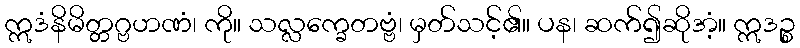
ဣဒံနိမိတ္တဂ္ဗဟဏံ၊ ကို။ သလ္လက္ခေတဗ္ဗံ၊ မှတ်သင့်၏။ ပန၊ ဆက်၍ဆိုအံ့။ ဣဒဉ္စ